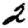
Digit: 2